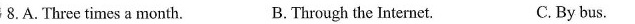
8.A.Three times a month. B.Through the Internet. C.By bus.